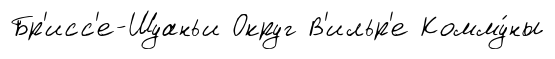
Бр'исс'е-Шуаньи Округ В'ильр'е Комму́ны